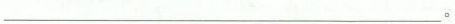
___。